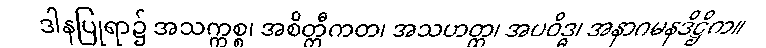
ဒါနပြုရာ၌ အသက္ကစ္စ၊ အစိတ္တီကတ၊ အသဟတ္ထ၊ အပဝိဒ္ဓ၊ အနာဂမနဒိဋ္ဌိက။